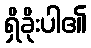
ရှိခိုးပါ၏